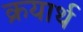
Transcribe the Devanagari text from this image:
क्रयार्थ